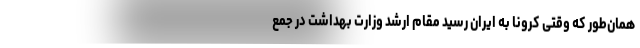
همان‌طور که وقتی کرونا به ایران رسید مقام ارشد وزارت بهداشت در جمع